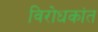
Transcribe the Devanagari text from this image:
विरोधकांत